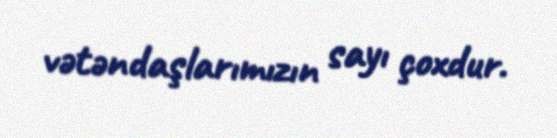
vətəndaşlarımızın sayı çoxdur.